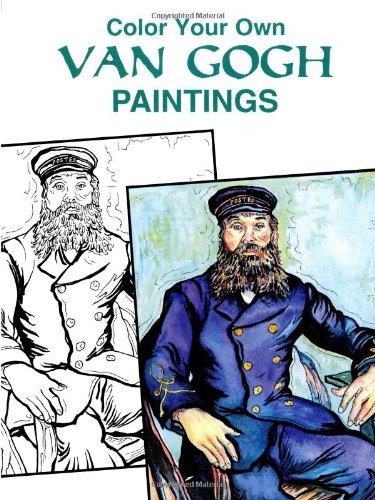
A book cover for Color Your Own Van Gogh Paintings (Dover Art Coloring Book); Vincent Van Gogh; Children's Books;